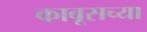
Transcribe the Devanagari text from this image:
काबूसच्या